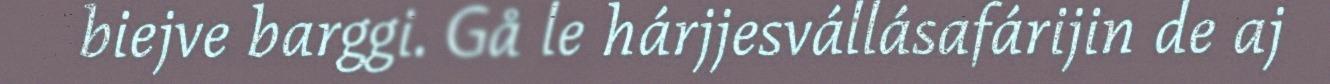
biejve barggi. Gå le hárjjesvállásafárijin de aj